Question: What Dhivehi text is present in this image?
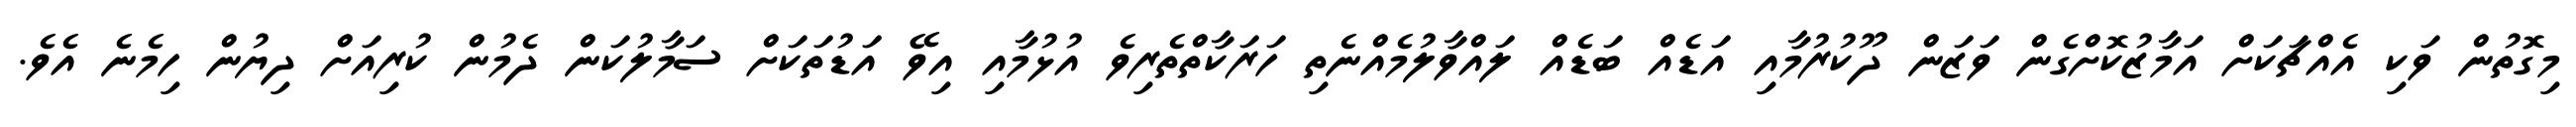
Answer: މިގޮތުން ވަކި އެއްޗަކަށް އަމާޒުކޮށްގެން ވަޒަން ދޫކުރުމާއި އަޑެއް ބަޑެއް ލައްވާލުމެއްނެތި ހަރަކާތްތެރިވެ އުޅުމާއި އިވޭ އަޑުތަކަށް ސަމާލުކަން ދެމުން ކުރިއަށް ދިޔުން ހިމެނެ އެވެ.